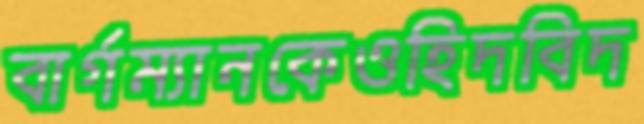
বার্গম্যানকেওহিদবিদ